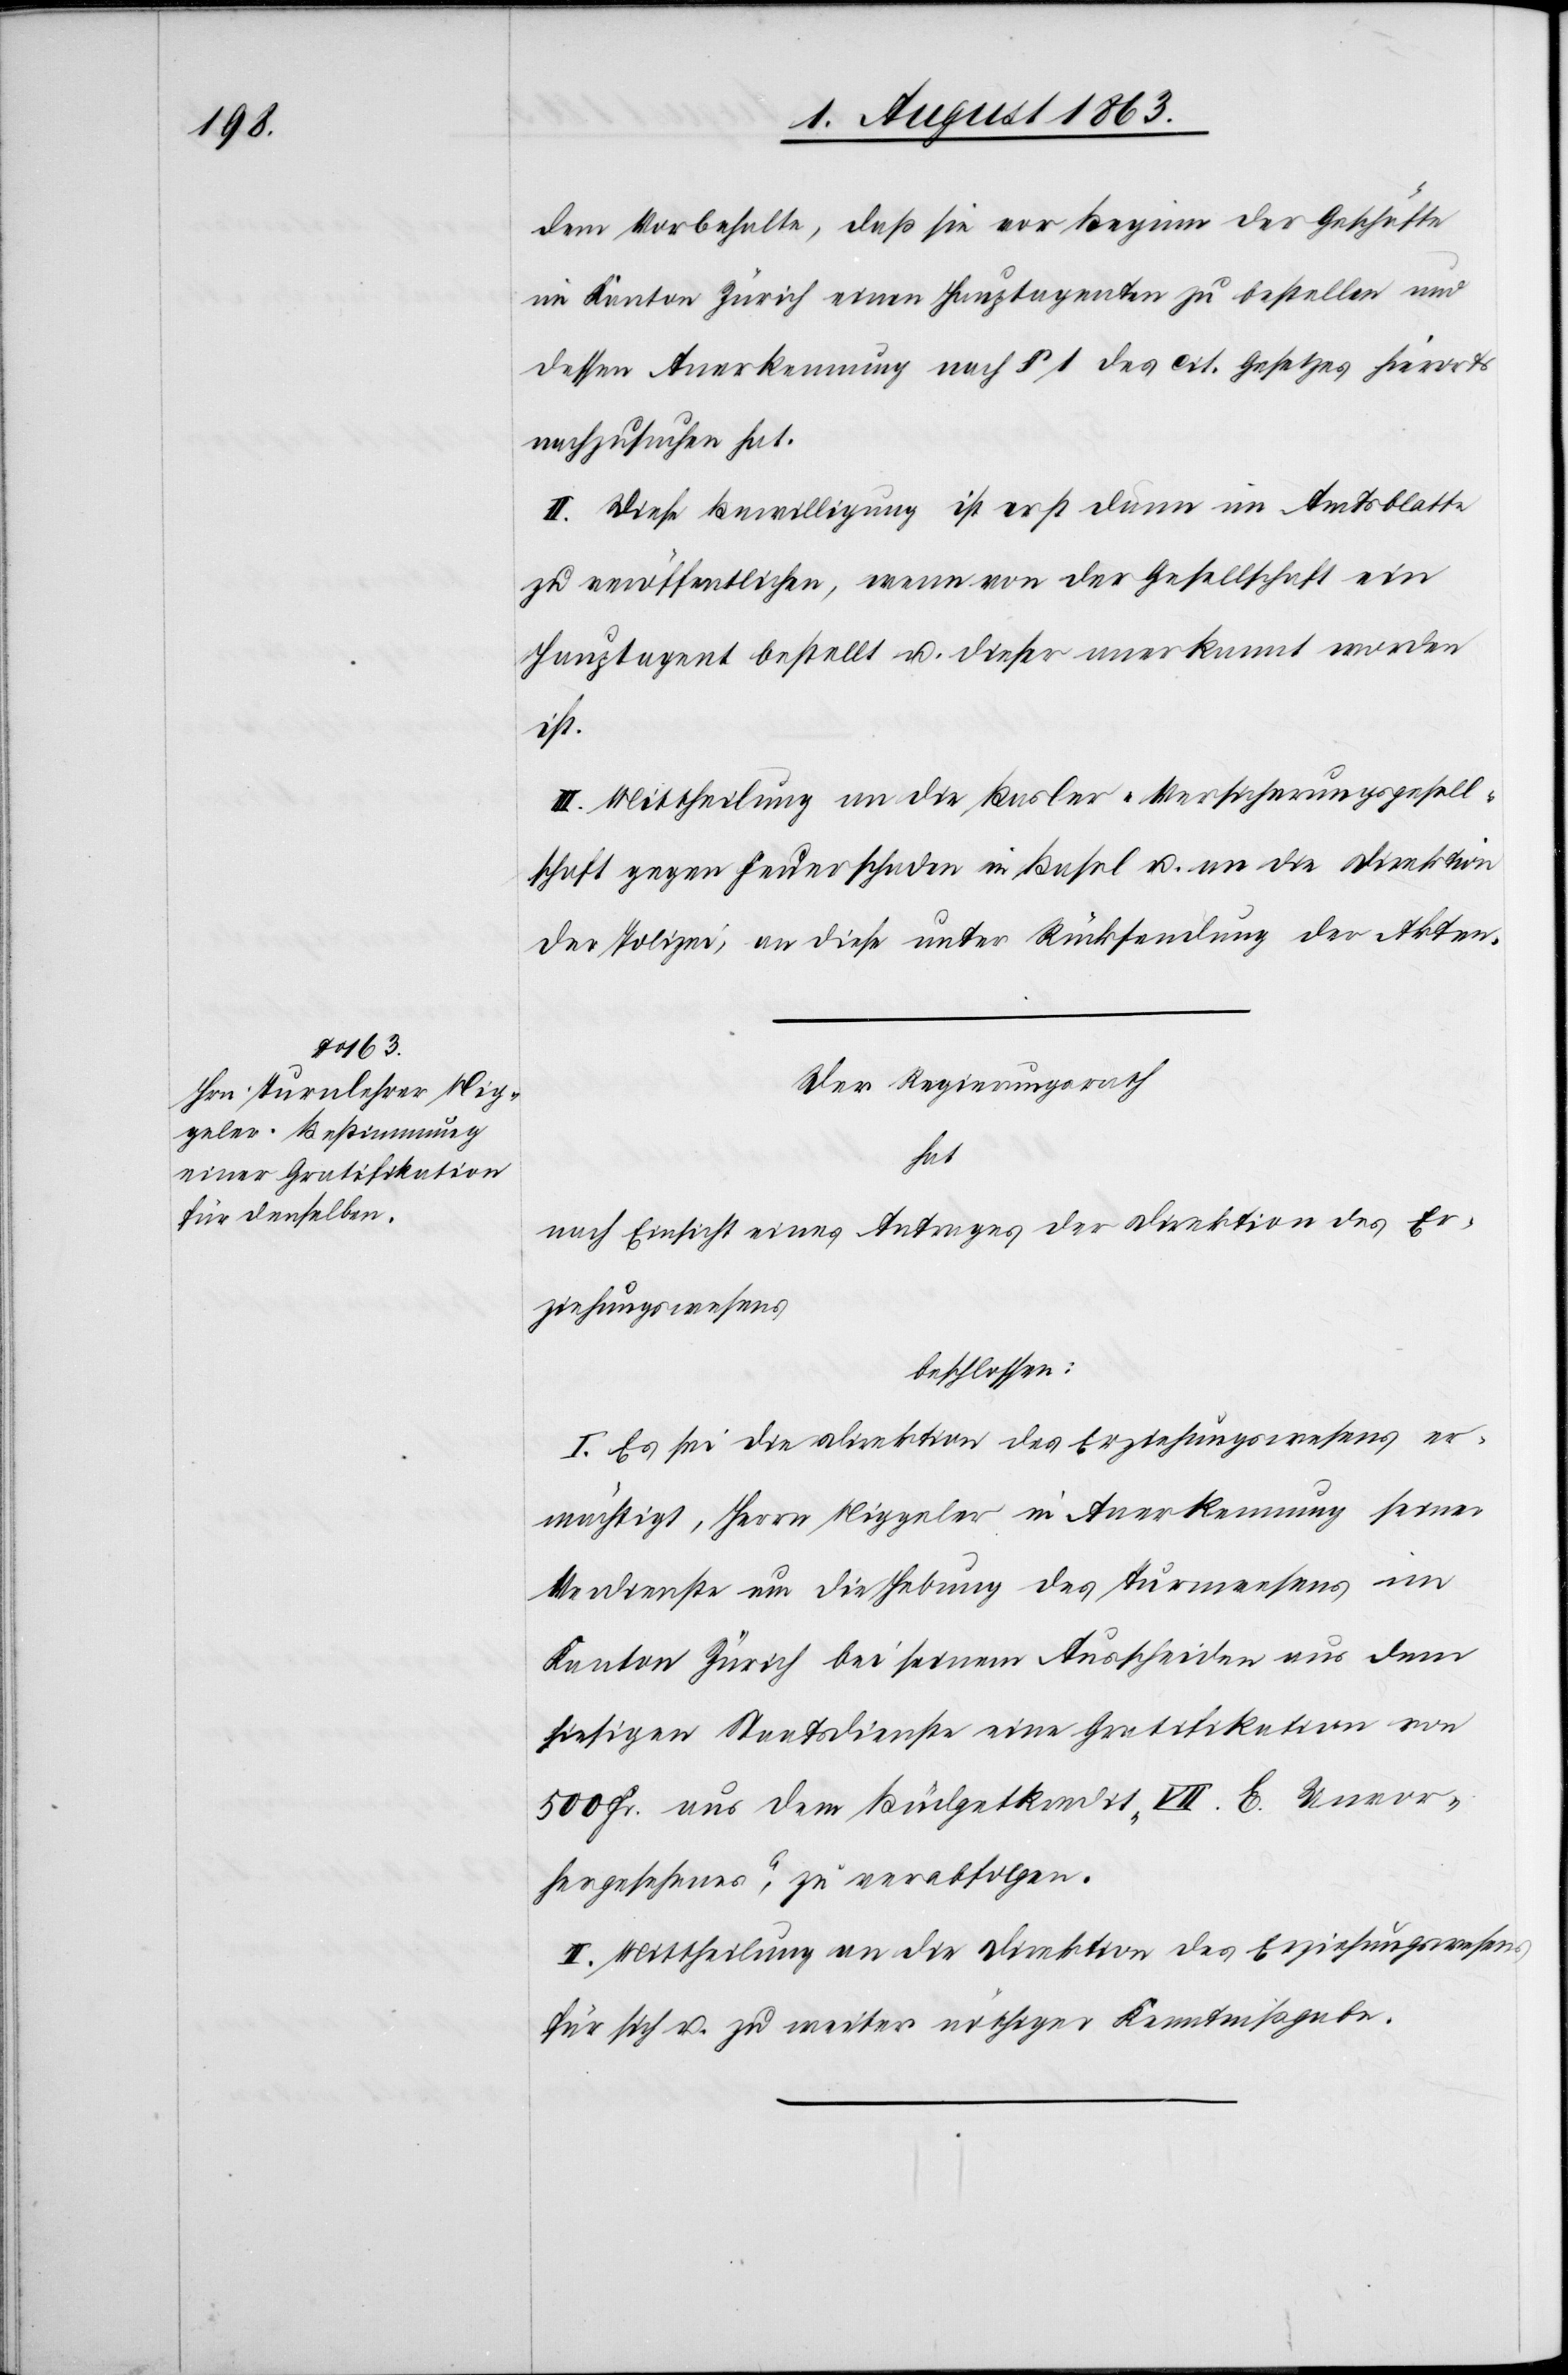
dem Vorbehalte, daß sie vor Beginn der Geschäfte
im Kanton Zürich einen Hauptagenten zu bestellen und
dessen Anerkennung nach § 1 des cit. Gesetzes hierorts
nachzusuchen hat.
II. Diese Bewilligung ist erst dann im Amtsblatte
zu veröffentlichen, wenn von der Gesellschaft ein
Hauptagent bestellt u. dieser anerkannt worden
ist.
III. Mittheilung an die Basler-Versicherungsgesell¬
schaft gegen Feuerschaden in Basel u. an die Direktion
der Polizei, an diese unter Rücksendung der Akten.
Der Regierungsrath
hat
nach Einsicht eines Antrages der Direktion des Er¬
ziehungswesens
beschlossen:
I. Es sei die Direktion des Erziehungswesens er¬
mächtigt, Herrn Niggeler in Anerkennung seiner
Verdienste um die Hebung des Turnwesens im
Kanton Zürich bei seinem Ausscheiden aus dem
hiesigen Staatsdienste eine Gratifikation von
500 Fr. aus dem Büdgetkredit „VII. E. Unvor¬
hergesehenes“, zu verabfolgen.
II. Mittheilung an die Direktion des Erziehungswesens
für sich u. zu weiter nöthiger Kenntnißgabe.